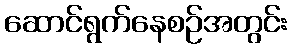
ဆောင်ရွက်နေစဉ်အတွင်း